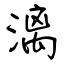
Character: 漓